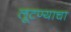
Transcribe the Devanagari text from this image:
लूटण्याचा